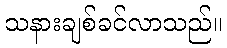
သနားချစ်ခင်လာသည်။